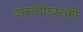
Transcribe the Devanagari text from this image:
दास्तोएवस्की